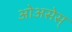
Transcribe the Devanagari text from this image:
ओअसेस्